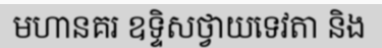
មហានគរ ឧទ្ទិសថ្វាយទេវតា និង